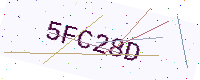
Text: 5FC28D